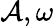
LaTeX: \mathcal{A},\omega